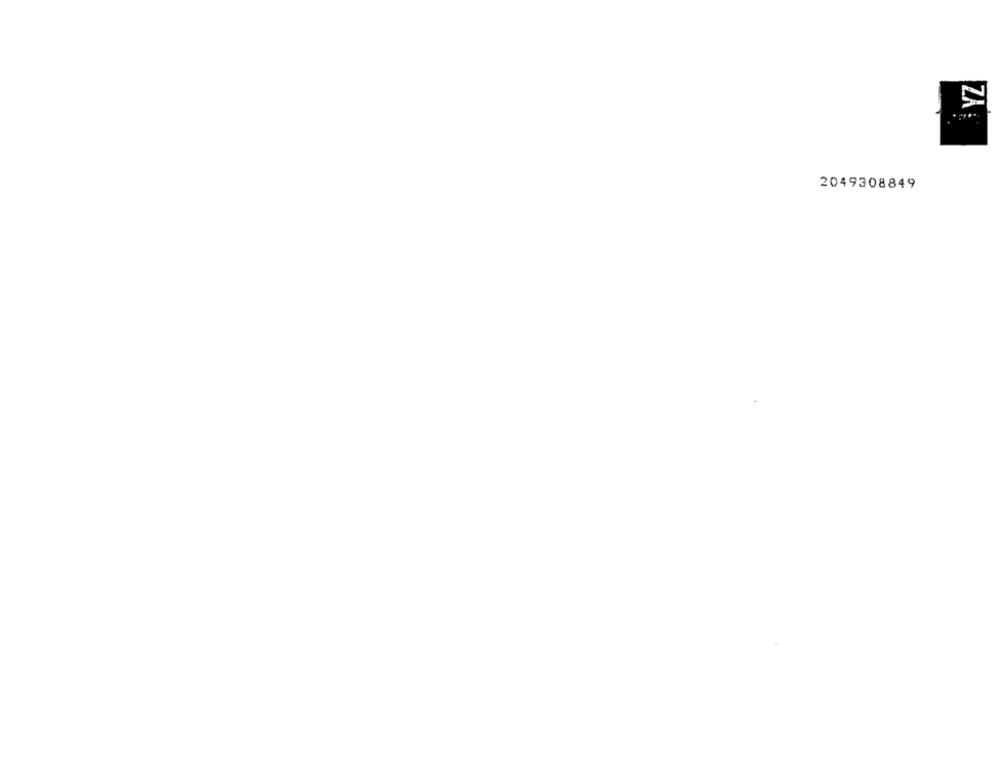
2049308849